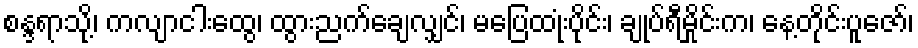
စန္ဒရာသို့၊ ကလျာငါးထွေ၊ ထွားညက်ချေလျှင်၊ မပြေထုံးပိုင်း၊ ချုပ်ရီမှိုင်းက၊ နေ့တိုင်းပူဇော်၊